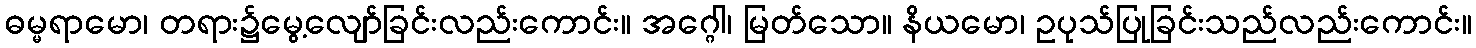
ဓမ္မရာမော၊ တရား၌မွေ့လျော်ခြင်းလည်းကောင်း။ အဂ္ဂေါ၊ မြတ်သော။ နိယမော၊ ဥပုသ်ပြုခြင်းသည်လည်းကောင်း။